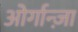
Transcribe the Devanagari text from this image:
ओर्गान्ज़ा